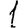
Digit: 1